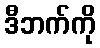
ဒီဘက်ကို